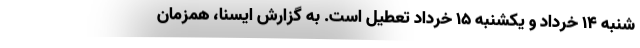
شنبه ۱۴ خرداد و یکشنبه ۱۵ خرداد تعطیل است. به گزارش ایسنا، همزمان